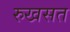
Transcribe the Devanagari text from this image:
रुखसत